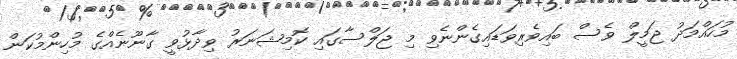
މުހައްމަދު ޖަމީލް ވެސް ބައިވެރިވަޑައިގެންނެވި މި ޖަލްސާގައި ކޮމިޝަނަރު ވިދާޅުވީ ގާނޫނެއްގެ މުހިންމުކަން